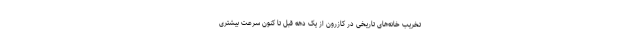
تخریب خانه‌های تاریخی در کازرون از یک دهه قبل تا کنون سرعت بیشتری